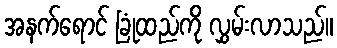
အနက်ရောင် ခြုံထည်ကို လွှမ်းလာသည်။